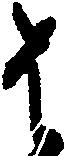
は